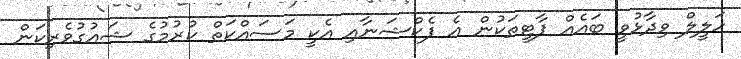
ހަލީލް ވިދާޅުވީ ބައެއް ޕާޓީތަކުން އެ ފެކްޝަނާއި އެކީ މަސައްކަތް ކުރުމުގެ ޝައުގުވެރިކަން